Lunatic asylums in Bengal annual reports 1888-1898 - 1888-1898
Year: 1888
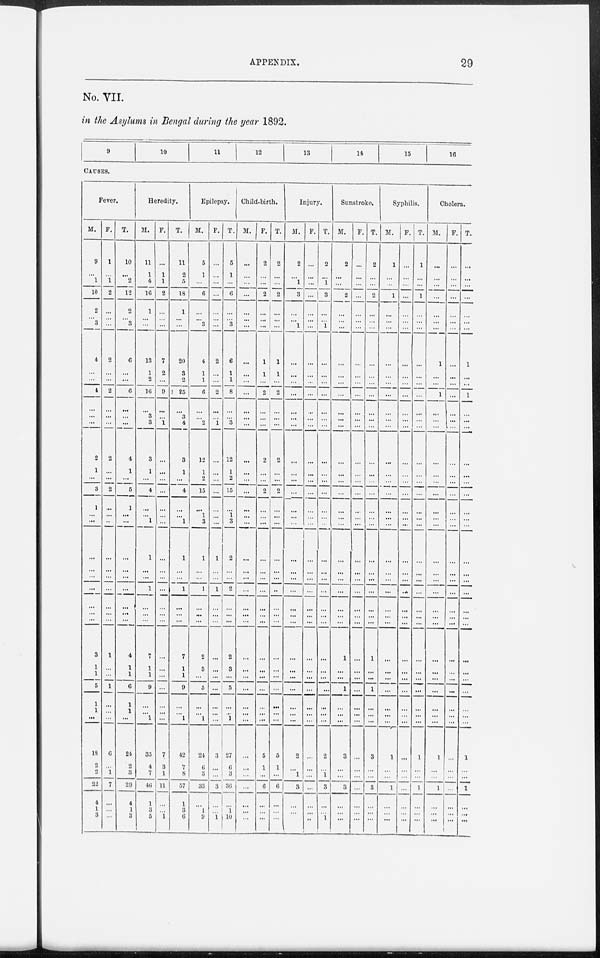
APPENDIX.
29
No. VII.
in the Asylums in Bengal during the year 1892.
9
10
11
12
13
14
15
16
CAUSES.
Fever.
M.
9
...
1
10
2
... 3
4
...
...
4
...
...
...
2
1
...
3
1
...
...
...
...
...
...
...
...
...
3
1
1
5
1
1
...
18
2
2
22
4
1
3
F.
1
...
1
2
...
...
...
2
...
...
2
...
...
...
2
...
...
2
...
...
...
...
...
...
...
...
...
...
1
...
...
1
...
...
...
6
...
1
7
...
...
...
T.
10
...
2
12
2
... 3
6
...
...
6
...
...
...
4
1
...
5
1
...
...
...
...
...
...
...
...
...
4
1
1
6
1
1
...
24
2
3
29
4
1
3
Heredity.
M.
11
1
4
16
1
...
...
13
1
2
16
...
3
3
3
1
...
4
...
...
1
1
...
...
1
...
...
...
7
1
1
9
...
...
1
35
4
7
46
1
3
5
F.
...
1
1
2
...
... ...
7
2
...
9
...
...
1
...
...
...
...
...
...
...
...
...
...
...
...
...
...
...
...
...
...
...
...
...
7
3
1
11
...
...
1
T.
11
2
5
18
1
...
...
20
3
2
25
...
3
4
3
1
...
4
...
...
1
1
...
...
1
...
...
...
7
1
1
9
...
...
1
42
7
8
57
1
3
6
Epilepsy.
M.
5
1
...
6
...
... 3
4
1
1
6
...
...
2
12
1
2
15
...
1
3
1
...
...
1
...
...
...
2
3
...
5
...
...
1
24
6
3
33
...
1
9
F.
...
...
...
...
...
...
...
2
...
...
2
...
...
1
...
...
...
...
...
...
...
1
...
...
1
...
...
...
...
...
...
...
...
...
...
3
...
...
3
...
...
1
T.
5
1
...
6
...
...
3
6
1
1
8
...
...
3
12
1
2
15
...
1
3
2
...
...
2
...
...
...
2
3
...
5
...
...
1
27
6
3
36
...
1
10
Child-birth.
M.
...
...
...
...
...
...
...
...
...
...
...
...
...
...
...
...
...
...
...
...
...
...
...
...
...
...
...
...
...
...
...
...
...
...
...
...
...
...
...
...
...
...
F.
2
...
...
2
...
...
...
1
1
...
2
...
...
...
2
...
...
2
...
...
...
...
...
...
...
...
...
...
...
...
...
...
...
...
...
5
1
...
6
...
...
...
T.
2
...
...
2
...
...
...
1
1
...
2
...
...
...
2
...
...
2
...
...
...
...
...
...
...
...
...
...
...
...
...
...
...
...
...
5
1
...
6
...
...
...
Injury.
M.
2
...
1
3
...
... 1
...
...
...
...
...
...
...
...
...
...
...
...
...
...
...
...
...
...
...
...
...
...
...
...
...
...
...
...
2
...
1
3
...
...
...
F.
...
...
...
...
...
...
...
...
...
...
...
...
...
...
...
...
...
...
...
...
...
...
...
...
...
...
...
...
...
...
...
...
...
...
...
...
...
...
...
...
...
...
T.
2
...
1
3
...
...
1
...
...
...
...
...
...
...
...
...
...
...
...
...
...
...
...
...
...
...
...
...
...
...
...
...
...
...
...
2
...
1
3
...
...
1
Sunstroke.
M.
2
...
...
2
...
...
...
...
...
...
...
...
...
...
...
...
...
...
...
...
...
...
...
...
...
...
...
...
1
...
...
1
...
...
...
3
...
...
3
...
...
...
F.
...
...
...
...
...
...
...
...
...
...
...
...
...
...
...
...
...
...
...
...
...
...
...
...
...
...
...
...
...
...
...
...
...
...
...
...
...
...
...
...
...
1
T.
2
...
...
2
...
...
...
...
...
...
...
...
...
...
...
...
...
...
...
...
...
...
...
...
...
...
...
...
1
...
...
1
...
...
...
3
...
...
3
...
...
...
Syphilis.
M.
1
...
...
1
...
...
...
...
...
...
...
...
...
...
...
...
...
...
...
...
...
...
...
...
...
...
...
...
...
...
...
...
...
...
...
1
...
...
1
...
...
...
F.
...
...
...
...
...
...
...
...
...
...
...
...
...
...
...
...
...
...
...
...
...
...
...
...
...
...
...
...
...
...
...
...
...
...
...
...
...
...
...
...
...
...
T.
1
...
...
1
...
...
...
...
...
...
...
...
...
...
...
...
...
...
...
...
...
...
...
...
...
...
...
...
...
...
...
...
...
...
...
1
...
...
1
...
...
...
Cholera.
M.
...
...
...
...
...
...
...
1
...
...
1
...
...
...
...
...
...
...
...
...
...
...
...
...
...
...
...
...
...
...
...
...
...
...
...
1
...
...
1
...
...
...
F.
...
...
...
...
...
...
...
...
...
...
...
...
...
...
...
...
...
...
...
...
...
...
...
...
...
...
...
...
...
...
...
...
...
...
...
...
...
...
...
...
...
...
T.
...
...
...
...
...
...
...
1
...
...
1
...
...
...
...
...
...
...
...
...
...
...
...
...
...
...
...
...
...
...
...
...
...
...
...
1
...
...
1
...
...
...